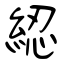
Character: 綛